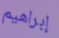
إبراهيم